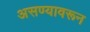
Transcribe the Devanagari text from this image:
असण्यावरून